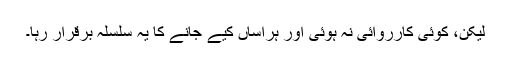
لیکن، کوئی کارروائی نہ ہوئی اور ہراساں کیے جانے کا یہ سلسلہ برقرار رہا۔